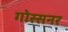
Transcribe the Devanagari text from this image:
गोस्सनर